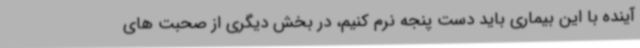
آینده با این بیماری باید دست پنجه نرم کنیم، در بخش دیگری از صحبت های